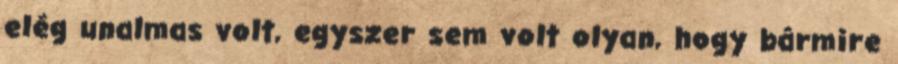
elég unalmas volt, egyszer sem volt olyan, hogy bármire